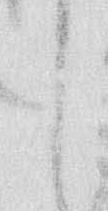
こ